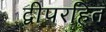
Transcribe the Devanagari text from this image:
द्वीपरहित